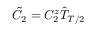
\Tilde { C } _ { 2 } = C _ { 2 } ^ { z } \hat { T } _ { T / 2 }